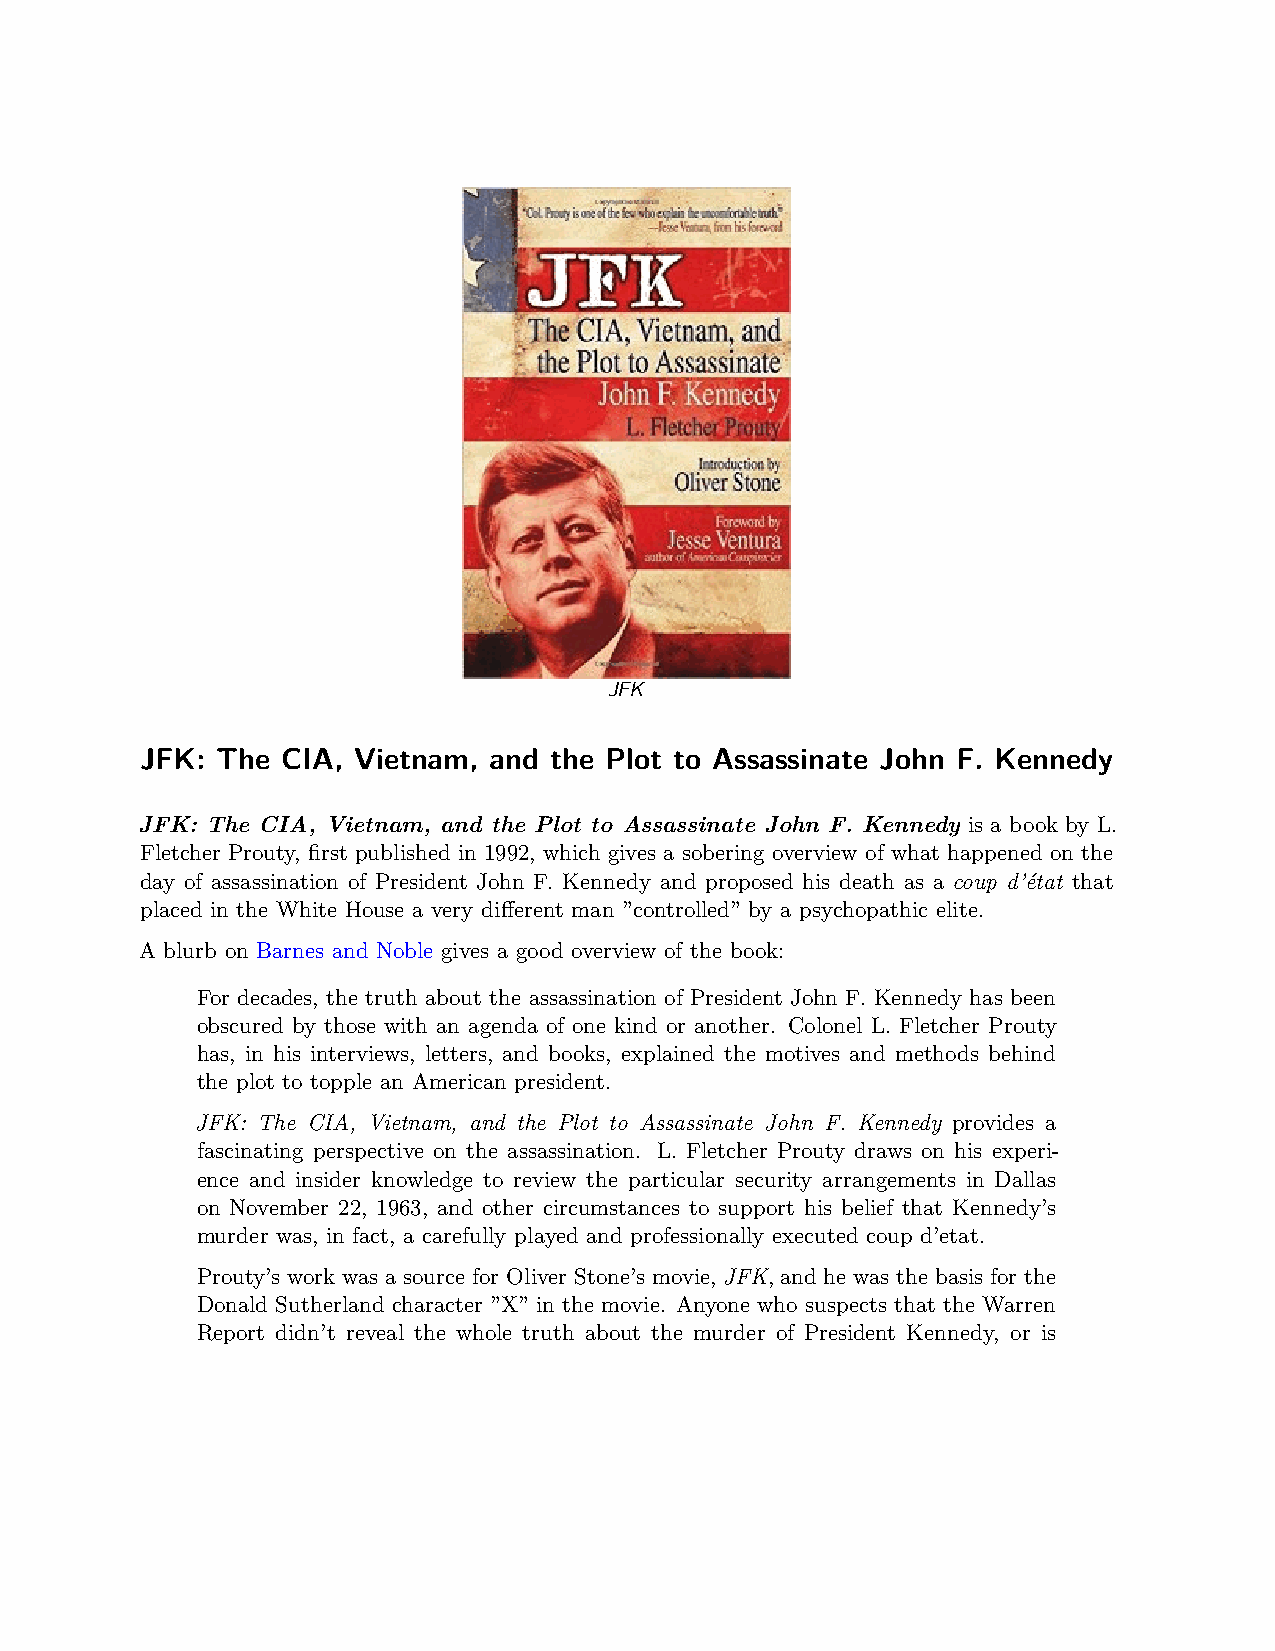
JFK
 JFK: The  CIA, Vietnam, and the Plot to Assassinate John F. Kennedy
 JFK: The CIA, Vietnam, and the Plot to Assassinate John F. Kennedy is a book by L.
 Fletcher Prouty, first published in 1992, which gives a sobering overview of what happened on the
 day of assassination of President John F. Kennedy and proposed his death as a coup d’état that
 placed in the White House a very different man ”controlled” by a psychopathic elite.
 A blurb on Barnes and Noble gives a good overview of the book:
 For decades, the truth about the assassination of President John F. Kennedy has been
 obscured by those with an agenda of one kind or another. Colonel L. Fletcher Prouty
 has, in his interviews, letters, and books, explained the motives and methods behind
 the plot to topple an American president.
 JFK: The CIA, Vietnam, and the Plot to Assassinate John F. Kennedy provides a
 fascinating perspective on the assassination. L. Fletcher Prouty draws on his experi-
 ence and insider knowledge to review the particular security arrangements in Dallas
 on November 22, 1963, and other circumstances to support his belief that Kennedy’s
 murder was, in fact, a carefully played and professionally executed coup d’etat.
 Prouty’s work was a source for Oliver Stone’s movie, JFK, and he was the basis for the
 Donald Sutherland character ”X” in the movie. Anyone who suspects that the Warren
 Report didn’t reveal the whole truth about the murder of President Kennedy, or is